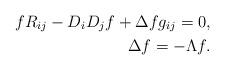
LaTeX: \begin{align*}f R_{ij} - D_i D_j f + \Delta f g_{ij} =0, \\\Delta f = -\Lambda f.\end{align*}